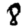
Digit: 8